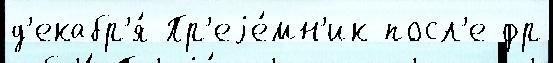
д'екабр'я́ Пр'еjе́мн'ик посл'е фр